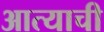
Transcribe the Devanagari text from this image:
आत्याची